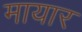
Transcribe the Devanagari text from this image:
मायार